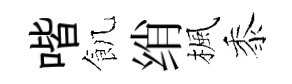
喈飢绡楓黍